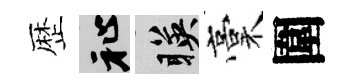
歴祉暎稾圍